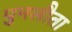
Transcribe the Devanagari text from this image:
पुनलौता